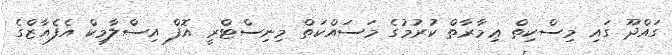
ގައްދޫ ގައި މިސްކިތް ޢިމާރާތް ކުރުމުގެ މަސައްކަތް މިނިސްޓްރީ އޮފް އިސްލާމިކް އެފެއާޒްގެ